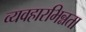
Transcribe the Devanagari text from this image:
व्यवहारभिन्नता